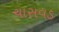
ચાસવડ